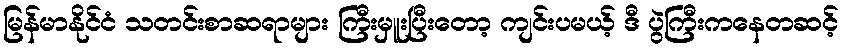
မြန်မာနိုင်ငံ သတင်းစာဆရာများ ကြီးမှူးပြီးတော့ ကျင်းပမယ့် ဒီ ပွဲကြီးကနေတဆင့်